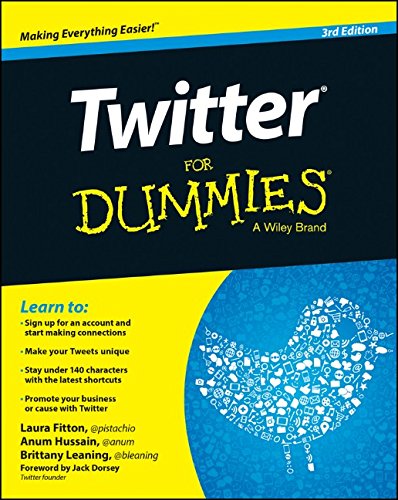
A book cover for Twitter For Dummies; Laura Fitton; Computers & Technology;